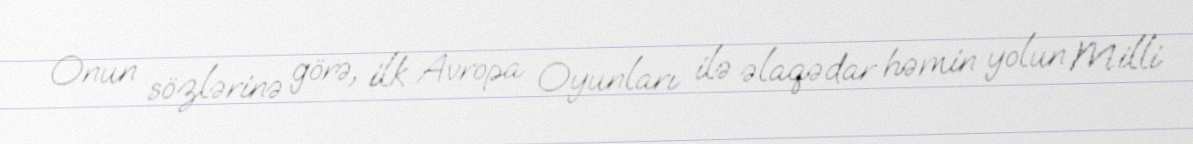
Onun sözlərinə görə, ilk Avropa Oyunları ilə əlaqədar həmin yolun Milli